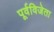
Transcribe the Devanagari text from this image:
पूर्वविजेता